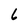
Character: 6